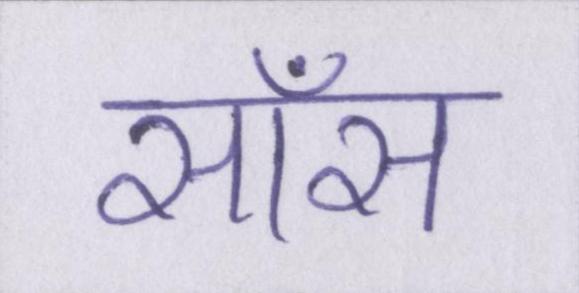
साँस